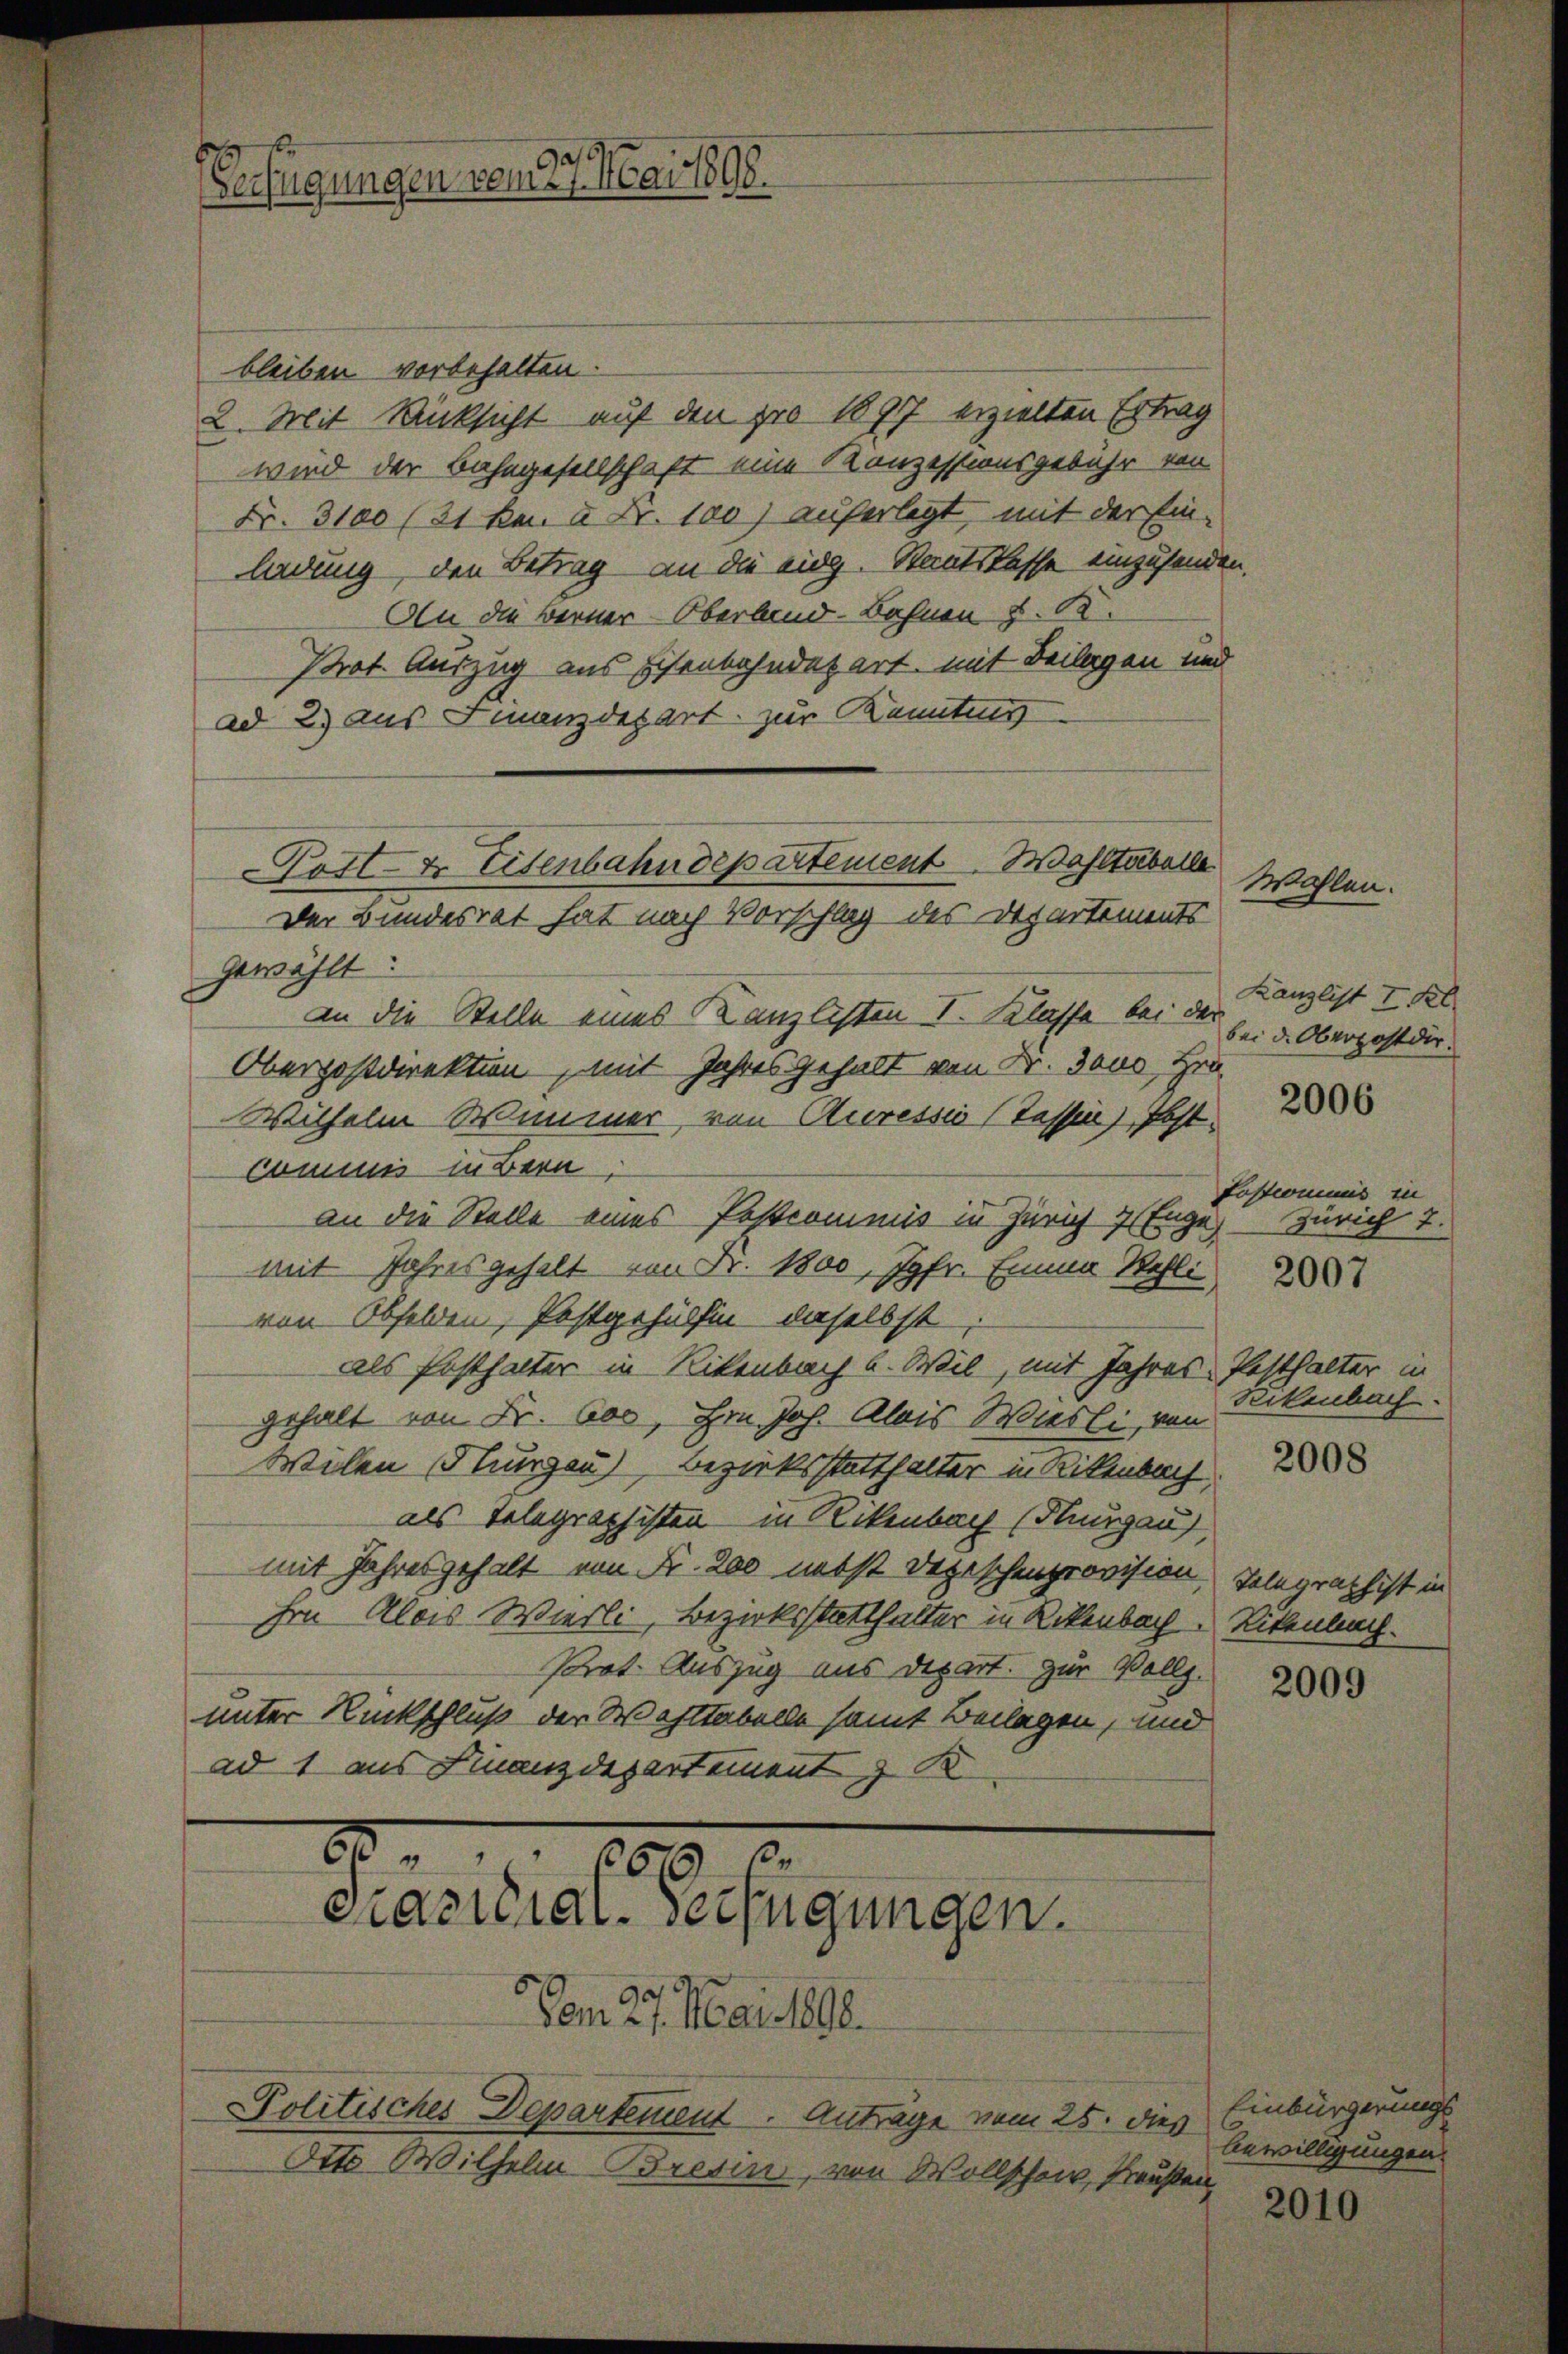
Verfügungen vom 27. Mai 1898.

bleiben vorbehalten.
2. Mit Rücksicht auf den pro 18977 erzielten Ertrag
wird der Bahngesellschaft eine Kanzessionsgebühr von
Fr. 3100 (21 kn. 2 Fr. 100) auferlegt, mit der Ein-
ledung, den Betrag an die eidg. Staatskasse einzusenden
An die Berner Oberland-Bahnen §. 1.
Prot. Auszug aus Eisenbahndepart mit Beilagen und
ad 2.) aus Finanzdepart zur Kenntnis
gewählt:
an die Stelle eines Kanzlisten I. Klasse bei der
Oberpostdirektion, mit Jahres Gehalt von Dr. Tour, Hrn
Wilhelm Wimmer, von Auressio (Tessin), Postcommis in Bern
te
an die Stelle eines Postcommis in Zürich 7
u
mit Jahresgehalt von Fr. 1800, Jgfr. Einna Walli
von Obfelden, Postgehülfen daselbst,
als Posthalter in Rikenbach u. Wil, mit Jahres Pesthalter in
gehalt von Fr. 600, Hrn. Joh. Alois Wiesli, von
Wilen Thurgau) Bezirksstatthalter in Rikenbach,
als Telegraphisten in Rikenbach (Sungau)
mit Jahresgehalt von Fr. 200 nebst Depeschenprovision
Hrn Alois Wierli, Bezirksstatthalter in Rikenbach Rikenbach.
Prot. Auszug aus Depart. Zur Vollz.
unter Rückschluß der Wahltabelle samt Beilagen, und
ad 1 aus Finanzdepartement z. K.

Wahltabelle
Pott- & Eisenbahndepartement
Der Bundesrat hat nach Vorschlag des Departements

80
2
1
66
Präsidial-Verfügungen.

Vom 27. Mai 1890.
Politisches Departement. Anträge vom 25. dies
Otto Wilhelm Bresin, von Wollschein, Preußen

Wohlen.

Kanzlist I. Kl
bei d. Oberpostdir.

2006

Lostcommis in
Zürich 2.
2007

Rikenbach.

2008

Telegraphist in

2009

Einbürgerungs
bewilligungen.

2010